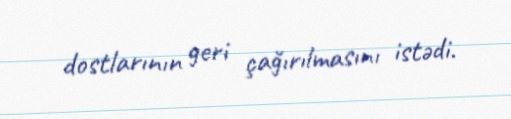
dostlarının geri çağırılmasını istədi.